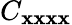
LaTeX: C_{{\mathbf x}{\mathbf x}{\mathbf x}{\mathbf x}}